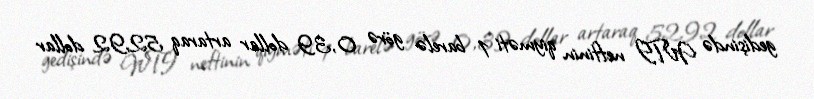
gedişində WTI neftinin qiyməti 1 barelə görə 0,39 dollar artaraq 52,92 dollar